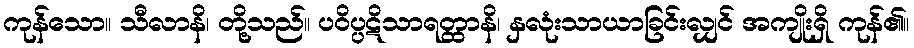
ကုန်သော။ သီလာနိ၊ တို့သည်။ ပဝိပ္ပဋိသာရတ္ထာနိ၊ နှလုံးသာယာခြင်းလျှင် အကျိုးရှိ ကုန်၏။